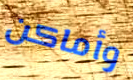
وأماكن